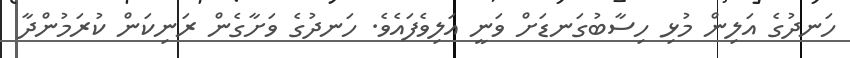
ހަނދުގެ އަލިން މުޅި ހިސާބުގަނޑަށް ވަނީ އަލިވެފައެވެ. ހަނދުގެ ވަށާގެން ރަނިކަން ކުރަމުންދާ